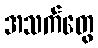
အသက်တွေ